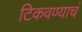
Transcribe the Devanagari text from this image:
टिकवण्याचं